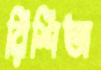
রিশিতা